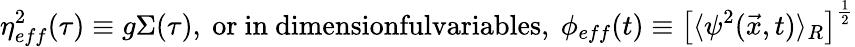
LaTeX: \eta_{eff}^{2}(\tau)\equiv g\Sigma(\tau),\mathrm{~or~in~dimensionfulvariables,~}\phi_{eff}(t)\equiv\left[\langle\psi^{2}(\vec{x},t)\rangle_{R}\right]^{\frac{1}{2}}